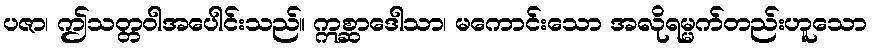
ပဇာ၊ ဤသတ္တဝါအပေါင်းသည်။ ဣစ္ဆာဒေါသာ၊ မကောင်းသော အလိုရမ္မက်တည်းဟူသော